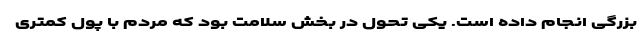
بزرگی انجام داده است. یکی تحول در بخش سلامت بود که مردم با پول کمتری